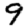
Digit: 9